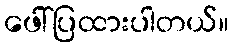
ဖေါ်ပြထားပါတယ်။